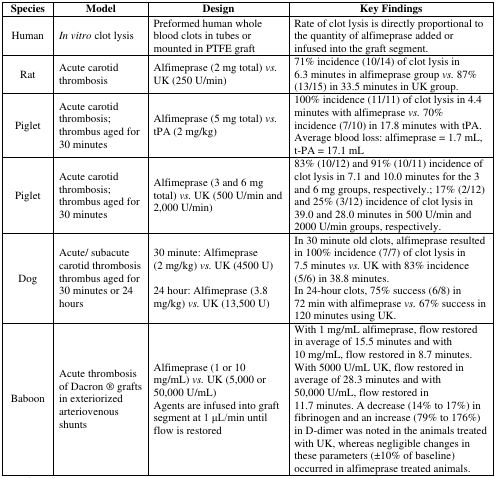
| Species | Model | Design | Key Findings |
 | --- | --- | --- | --- |
 | Human | In vitro clot lysis | Preformed human whole blood clots in tubes or mounted in PTFE graft | Rate of clot lysis is directly proportional to the quantity of alfimeprase added or infused into the graft segment. |
 | Rat | Acute carotid thrombosis | Alfimeprase (2 mg total) vs. UK (250 U/min) | 71% incidence (10/14) of clot lysis in 6.3 minutes in alfimeprase group vs. 87% (13/15) in 33.5 minutes in UK group. |
 | Piglet | Acute carotid thrombosis; thrombus aged for 30 minutes | Alfimeprase (5 mg total) vs. tPA (2 mg/kg) | 100% incidence (11/11) of clot lysis in 4.4 minutes with alfimeprase vs. 70% incidence (7/10) in 17.8 minutes with tPA.Average blood loss: alfimeprase = 1.7 mL, t-PA = 17.1 mL |
 | Piglet | Acute carotid thrombosis; thrombus aged for 30 minutes | Alfimeprase (3 and 6 mg total) vs. UK (500 U/min and 2,000 U/min) | 83% (10/12) and 91% (10/11) incidence of clot lysis in 7.1 and 10.0 minutes for the 3 and 6 mg groups, respectively.; 17% (2/12) and 25% (3/12) incidence of clot lysis in 39.0 and 28.0 minutes in 500 U/min and 2000 U/min groups, respectively. |
 | <ROWSPAN=2> Dog | <ROWSPAN=2> Acute/ subacute carotid thrombosis thrombus aged for 30 minutes or 24 hours | 30 minute: Alfimeprase (2 mg/kg) vs. UK (4500 U) | In 30 minute old clots, alfimeprase resulted in 100% incidence (7/7) of clot lysis in 7.5 minutes vs. UK with 83% incidence (5/6) in 38.8 minutes. |
 | 24 hour: Alfimeprase (3.8 mg/kg) vs. UK (13,500 U) | In 24-hour clots, 75% success (6/8) in 72 min with alfimeprase vs. 67% success in 120 minutes using UK. |
 | <ROWSPAN=2> Baboon | <ROWSPAN=2> Acute thrombosis of Dacron ® grafts in exteriorized arteriovenous shunts | Alfimeprase (1 or 10 mg/mL) vs. UK (5,000 or 50,000 U/mL) | <ROWSPAN=2> With 1 mg/mL alfimeprase, flow restored in average of 15.5 minutes and with 10 mg/mL, flow restored in 8.7 minutes. With 5000 U/mL UK, flow restored in average of 28.3 minutes and with 50,000 U/mL, flow restored in 11.7 minutes. A decrease (14% to 17%) in fibrinogen and an increase (79% to 176%) in D-dimer was noted in the animals treated with UK, whereas negligible changes in these parameters (±10% of baseline) occurred in alfimeprase treated animals. |
 | Agents are infused into graft segment at 1 μL/min until flow is restored |